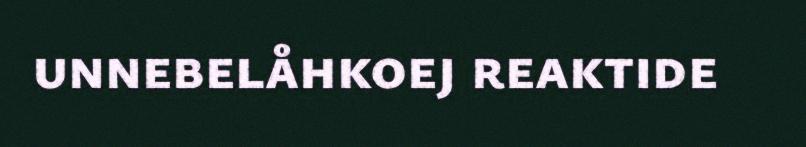
unnebelåhkoej reaktide